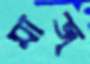
মাজ্‌